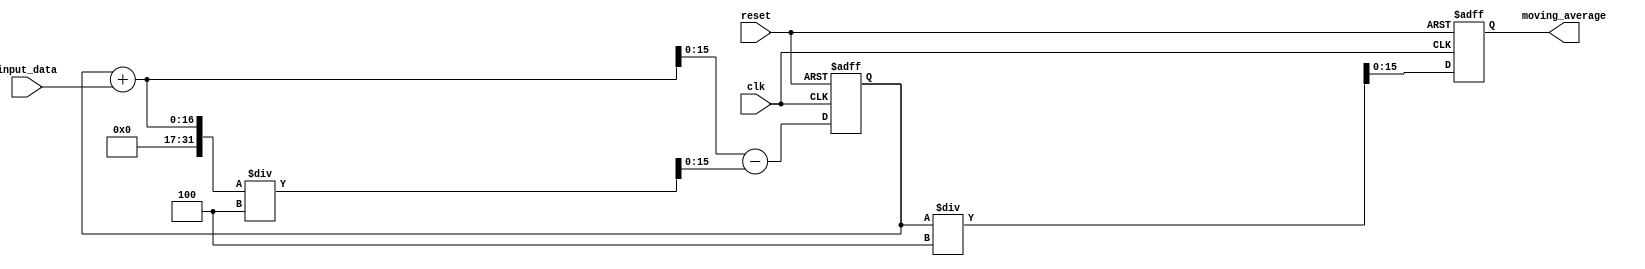
module moving_average_accumulator (
    input wire clk,
    input wire reset,
    input wire [7:0] input_data,
    output reg [15:0] moving_average
);

parameter n = 4; // number of input values to consider for moving average
reg [15:0] sum;

always @(posedge clk or posedge reset) begin
    if (reset) begin
        sum <= 16'b0;
        moving_average <= 16'b0;
    end else begin
        sum <= sum + input_data - ((sum + input_data) / n);
        moving_average <= sum / n;
    end
end

endmodule